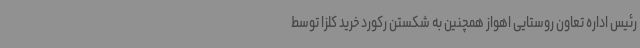
رئیس اداره تعاون روستایی اهواز همچنین به شکستن رکورد خرید کلزا توسط